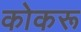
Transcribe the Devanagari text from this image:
कोकरू